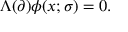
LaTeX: \Lambda ( \partial ) \phi ( x ; \sigma ) = 0 .